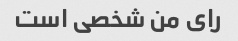
رای من شخصی است